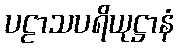
ပဠာသပရိယုဋ္ဌာနံ